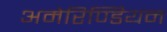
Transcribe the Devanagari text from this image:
अमेरिण्डियन